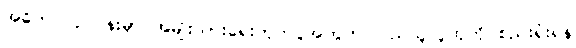
အဓိက လုပ်ငန်းမှာ အမျိုးသားရေးတိုက်ပွဲအတွက် ပြည်သူလူထုကို စည်းရုံးရန်